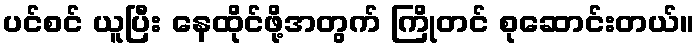
ပင်စင် ယူပြီး နေထိုင်ဖို့အတွက် ကြိုတင် စုဆောင်းတယ်။